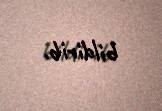
bildirib.